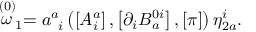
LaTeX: \stackrel { \left( 0 \right) } { \omega } _ { 1 } = a _ { \; \; i } ^ { a } \left( \left[ A _ { i } ^ { a } \right] , \left[ \partial _ { i } B _ { a } ^ { 0 i } \right] , \left[ \pi \right] \right) \eta _ { 2 a } ^ { i } .